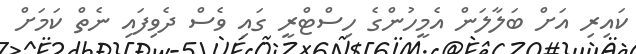
ކައިރި އަށް ބަލާލަން އެމީހުންގެ ހިސްޓްރީ ގައި ވެސް ދެވިފައި ނެތް ކަމަށް